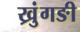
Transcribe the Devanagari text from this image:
ख्रुंगङी